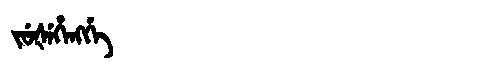
Manchu: ᠵᡠᡧᡝᡥᡝᠩᡤᡝ
Romanization: JUŠEHENGGE